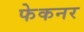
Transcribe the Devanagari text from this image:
फेकनर